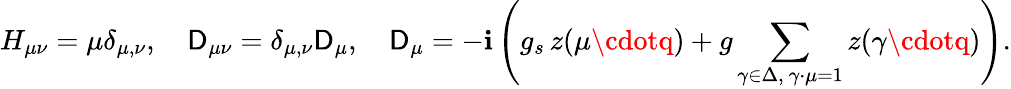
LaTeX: H_{\mu\nu}=\mu\delta_{\mu,\nu},\quad\mathsf{D}_{\mu\nu}=\delta_{\mu,\nu}\mathsf{D}_{\mu},\quad\mathsf{D}_{\mu}=-\mathbf{i}\left(g_{s}\, z(\mu\cdotq)+g\sum_{\gamma\in\Delta,\ \gamma\cdot\mu=1}z(\gamma\cdotq)\right).